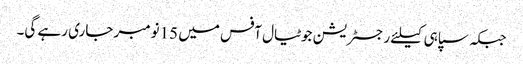
جبکہ سپاہی کیلئے رجسٹریشن جوٹیال آفس میں 15نومبر جاری رہے گی۔